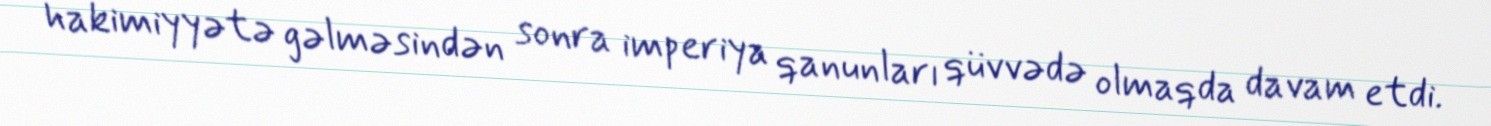
hakimiyyətə gəlməsindən sonra imperiya qanunları qüvvədə olmaqda davam etdi.